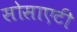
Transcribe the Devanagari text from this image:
सोसाएटी